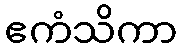
ဧကံသိကာ